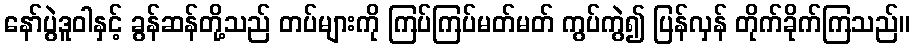
နော်ပွဲဒူဝါနှင့် ခွန်ဆန်တို့သည် တပ်များကို ကြပ်ကြပ်မတ်မတ် ကွပ်ကွဲ၍ ပြန်လှန် တိုက်ခိုက်ကြသည်။